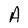
Character: A